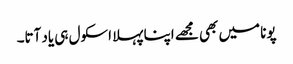
پونا میں بھی مجھے اپنا پہلا اسکول ہی یاد آتا۔